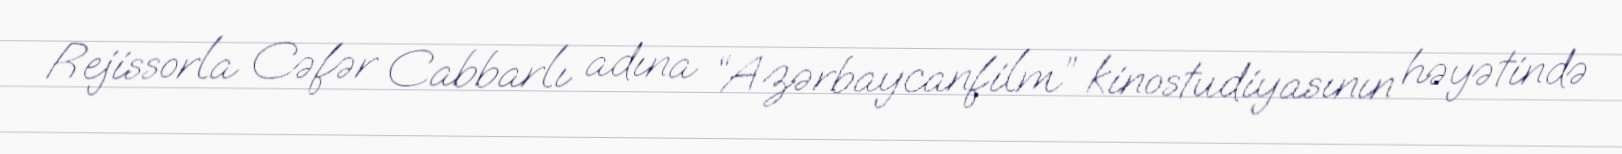
Rejissorla Cəfər Cabbarlı adına “Azərbaycanfilm” kinostudiyasının həyətində